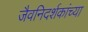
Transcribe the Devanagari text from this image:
जैवनिदर्शकांच्या